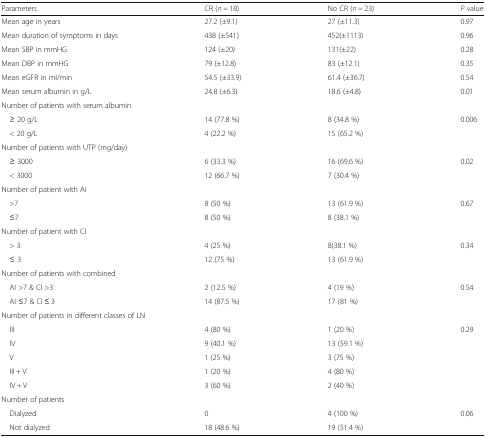
| Parameters | CR (n = 18) | No CR (n = 23) | P value |
 | --- | --- | --- | --- |
 | Mean age in years | 27.2 (±9.1) | 27 (±11.3) | 0.97 |
 | Mean duration of symptoms in days | 438 (±541) | 452(±1113) | 0.96 |
 | Mean SBP in mmHG | 124 (±20) | 131(±22) | 0.28 |
 | Mean DBP in mmHG | 79 (±12.8) | 83 (±12.1) | 0.35 |
 | Mean eGFR in ml/min | 54.5 (±33.9) | 61.4 (±36.7) | 0.54 |
 | Mean serum albumin in g/L | 24.8 (±6.3) | 18.6 (±4.8) | 0.01 |
 | <COLSPAN=4> Number of patients with serum albumin |
 | ≥ 20 g/L | 14 (77.8 %) | 8 (34.8 %) | 0.006 |
 | < 20 g/L | 4 (22.2 %) | 15 (65.2 %) |  |
 | <COLSPAN=4> Number of patients with UTP (mg/day) |
 | ≥ 3000 | 6 (33.3 %) | 16 (69.6 %) | 0.02 |
 | < 3000 | 12 (66.7 %) | 7 (30.4 %) |  |
 | <COLSPAN=4> Number of patient with AI |
 | >7 | 8 (50 %) | 13 (61.9 %) | 0.67 |
 | ≤7 | 8 (50 %) | 8 (38.1 %) |  |
 | <COLSPAN=4> Number of patient with CI |
 | > 3 | 4 (25 %) | 8(38.1 %) | 0.34 |
 | ≤ 3 | 12 (75 %) | 13 (61.9 %) |  |
 | <COLSPAN=4> Number of patients with combined |
 | AI >7 & CI >3 | 2 (12.5 %) | 4 (19 %) | 0.54 |
 | AI ≤7 & CI ≤ 3 | 14 (87.5 %) | 17 (81 %) |  |
 | <COLSPAN=4> Number of patients in different classes of LN |
 | III | 4 (80 %) | 1 (20 %) | 0.29 |
 | IV | 9 (40.1 %) | 13 (59.1 %) |  |
 | V | 1 (25 %) | 3 (75 %) |  |
 | III + V | 1 (20 %) | 4 (80 %) |  |
 | IV + V | 3 (60 %) | 2 (40 %) |  |
 | <COLSPAN=4> Number of patients |
 | Dialyzed | 0 | 4 (100 %) | 0.06 |
 | Not dialyzed | 18 (48.6 %) | 19 (51.4 %) |  |